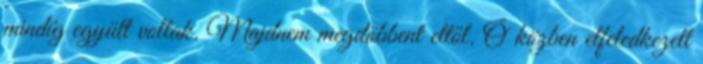
mindíg együtt voltak. Majdnem megdöbbent ettől. Ő közben elfeledkezett